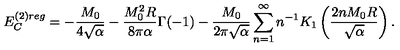
E _ { C } ^ { ( 2 ) r e g } = - \frac { M _ { 0 } } { 4 \sqrt { \alpha } } - \frac { M _ { 0 } ^ { 2 } R } { 8 \pi \alpha } \Gamma ( - 1 ) - \frac { M _ { 0 } } { 2 \pi \sqrt { \alpha } } \sum _ { n = 1 } ^ { \infty } n ^ { - 1 } K _ { 1 } \left( \frac { 2 n M _ { 0 } R } { \sqrt { \alpha } } \right) .